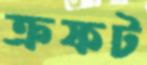
ক্রফট